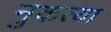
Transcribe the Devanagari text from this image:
नुकत्या